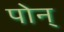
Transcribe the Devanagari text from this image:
पोन्